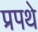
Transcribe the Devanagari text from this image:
प्रपथे